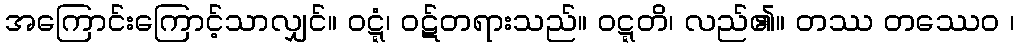
အကြောင်းကြောင့်သာလျှင်။ ဝဋ္ဋံ၊ ဝဋ်တရားသည်။ ဝဋ္ဋတိ၊ လည်၏။ တဿ တဿေဝ ၊